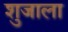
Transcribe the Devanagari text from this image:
शुजाला